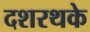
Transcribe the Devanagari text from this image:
दशरथके